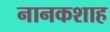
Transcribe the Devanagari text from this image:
नानकशाह